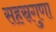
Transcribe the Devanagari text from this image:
सहस्रगुणा